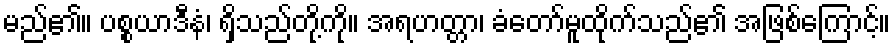
မည်၏။ ပစ္စယာဒီနံ၊ ရှိသည်တို့ကို။ အရဟတ္တာ၊ ခံတော်မူထိုက်သည်၏ အဖြစ်ကြောင့်။